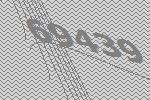
69439